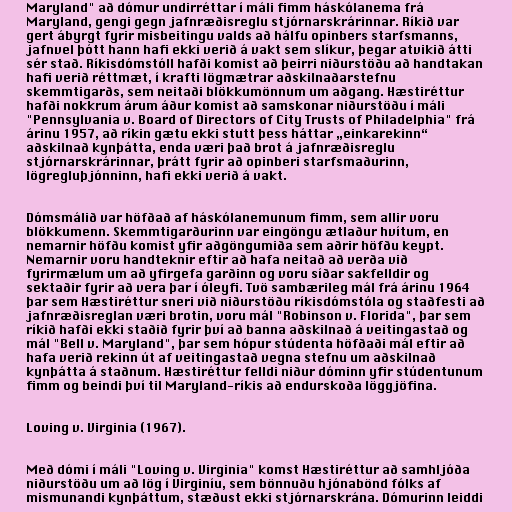
Maryland" að dómur undirréttar í máli fimm háskólanema frá
Maryland, gengi gegn jafnræðisreglu stjórnarskrárinnar. Ríkið var
gert ábyrgt fyrir misbeitingu valds að hálfu opinbers starfsmanns,
jafnvel þótt hann hafi ekki verið á vakt sem slíkur, þegar atvikið átti
sér stað. Ríkisdómstóll hafði komist að þeirri niðurstöðu að handtakan
hafi verið réttmæt, í krafti lögmætrar aðskilnaðarstefnu
skemmtigarðs, sem neitaði blökkumönnum um aðgang. Hæstiréttur
hafði nokkrum árum áður komist að samskonar niðurstöðu í máli
"Pennsylvania v. Board of Directors of City Trusts of Philadelphia" frá
árinu 1957, að ríkin gætu ekki stutt þess háttar „einkarekinn“
aðskilnað kynþátta, enda væri það brot á jafnræðisreglu
stjórnarskrárinnar, þrátt fyrir að opinberi starfsmaðurinn,
lögregluþjónninn, hafi ekki verið á vakt.

Dómsmálið var höfðað af háskólanemunum fimm, sem allir voru
blökkumenn. Skemmtigarðurinn var eingöngu ætlaður hvítum, en
nemarnir höfðu komist yfir aðgöngumiða sem aðrir höfðu keypt.
Nemarnir voru handteknir eftir að hafa neitað að verða við
fyrirmælum um að yfirgefa garðinn og voru síðar sakfelldir og
sektaðir fyrir að vera þar í óleyfi. Tvö sambærileg mál frá árinu 1964
þar sem Hæstiréttur sneri við niðurstöðu ríkisdómstóla og staðfesti að
jafnræðisreglan væri brotin, voru mál "Robinson v. Florida", þar sem
ríkið hafði ekki staðið fyrir því að banna aðskilnað á veitingastað og
mál "Bell v. Maryland", þar sem hópur stúdenta höfðaði mál eftir að
hafa verið rekinn út af veitingastað vegna stefnu um aðskilnað
kynþátta á staðnum. Hæstiréttur felldi niður dóminn yfir stúdentunum
fimm og beindi því til Maryland-ríkis að endurskoða löggjöfina.

Loving v. Virginia (1967).

Með dómi í máli "Loving v. Virginia" komst Hæstiréttur að samhljóða
niðurstöðu um að lög í Virginíu, sem bönnuðu hjónabönd fólks af
mismunandi kynþáttum, stæðust ekki stjórnarskrána. Dómurinn leiddi